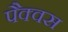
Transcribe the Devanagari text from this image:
पैक्वस